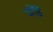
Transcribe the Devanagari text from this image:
घोंड़े